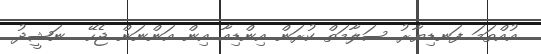
އުއްތަމަ ފަނޑިޔާރު ސަލާމަތް ކުރަން އިންޑިއާ އިން އަންނަން ޖެހޭ  ނަޝީދު